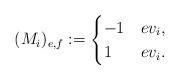
LaTeX: \begin{align*} (M_{i})_{e,f} := \begin{cases}-1 & e v_{i},\\1 & e v_{i}.\\\end{cases}\end{align*}